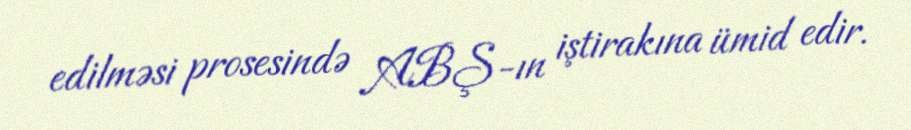
edilməsi prosesində ABŞ-ın iştirakına ümid edir.